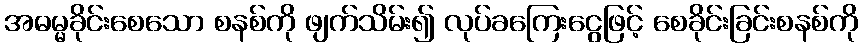
အဓမ္မခိုင်းစေသော စနစ်ကို ဖျက်သိမ်း၍ လုပ်ခကြေးငွေဖြင့် စေခိုင်းခြင်းစနစ်ကို